Annual report on the Civil Veterinary Department, Burma (including the Insein Veterinary School) - 1923-1931
Year: 1923
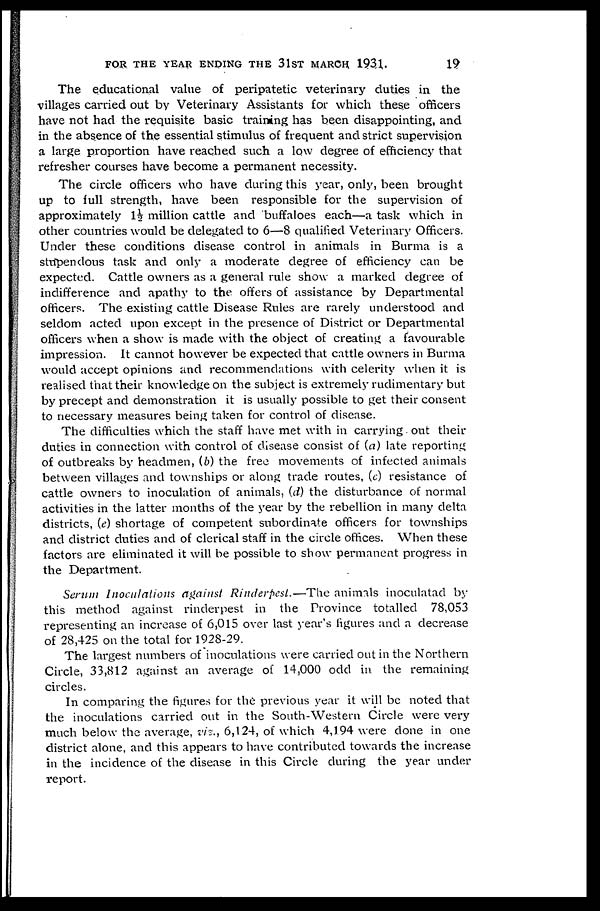
FOR THE YEAR ENDING THE 31ST MARCH 1931. 19
The educational value of peripatetic veterinary duties in the
villages carried out by Veterinary Assistants for which these officers
have not had the requisite basic training has been disappointing, and
in the absence of the essential stimulus of frequent and strict supervision
a large proportion have reached such a low degree of efficiency that
refresher courses have become a permanent necessity.
The circle officers who have during this year, only, been brought
up to full strength, have been responsible for the supervision of
approximately 1½ million cattle and buffaloes each—a task which in
other countries would be delegated to 6—8 qualified Veterinary Officers.
Under these conditions disease control in animals in Burma is a
stupendous task and only a moderate degree of efficiency can be
expected. Cattle owners as a general rule show a marked degree of
indifference and apathy to the offers of assistance by Departmental
officers. The existing cattle Disease Rules are rarely understood and
seldom acted upon except in the presence of District or Departmental
officers when a show is made with the object of creating a favourable
impression. It cannot however be expected that cattle owners in Burma
would accept opinions and recommendations with celerity when it is
realised that their knowledge on the subject is extremely rudimentary but
by precept and demonstration it is usually possible to get their consent
to necessary measures being taken for control of disease.
The difficulties which the staff have met with in carrying out their
duties in connection with control of disease consist of (a) late reporting
of outbreaks by headmen, (b) the free movements of infected animals
between villages and townships or along trade routes, (c) resistance of
cattle owners to inoculation of animals, (d) the disturbance of normal
activities in the latter months of the year by the rebellion in many delta
districts, (e) shortage of competent subordinate officers for townships
and district duties and of clerical staff in the circle offices. When these
factors are eliminated it will be possible to show permanent progress in
the Department.
Serum Inoculations against Rinderpest.—The
animals inoculatad by
this method against rinderpest in the Province totalled 78,053
representing an increase of 6,015 over last year's figures and a decrease
of 28,425 on the total for 1928-29.
The largest numbers of inoculations were carried out in the Northern
Circle, 33,812 against an average of 14,000 odd in the remaining
circles.
In comparing the figures for the previous year it will be noted that
the inoculations carried out in the South-Western Circle were very
much below the average, viz., 6,124, of which 4,194 were done in one
district alone, and this appears to have contributed towards the increase
in the incidence of the disease in this Circle during the year under
report.